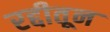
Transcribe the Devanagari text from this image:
रद्दीतून